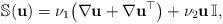
LaTeX: \begin{align*} \mathbb S(\mathbf{u})=\nu_1 \big(\nabla \mathbf{u}+\nabla\mathbf{u}^\top\big)+ \nu_2 \mathbf u\,\mathbb{I},\end{align*}